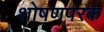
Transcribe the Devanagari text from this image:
शोषणपरक